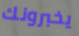
يخبرونك